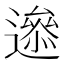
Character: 𨗘